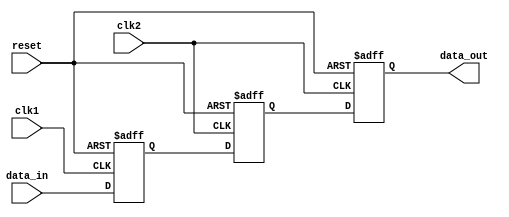
module three_flop_synchronizer (
    input wire clk1,   // Clock for first flip-flop
    input wire clk2,   // Clock for second flip-flop
    input wire reset,  // Reset signal
    input wire data_in,  // Incoming signal to be synchronized
    output reg data_out  // Synchronized output signal
);

reg flop1;
reg flop2;
reg flop3;

always @(posedge clk1 or posedge reset)
begin
    if (reset)
        flop1 <= 1'b0;
    else
        flop1 <= data_in;
end

always @(posedge clk2 or posedge reset)
begin
    if (reset)
        flop2 <= 1'b0;
    else
        flop2 <= flop1;
end

always @(posedge clk2 or posedge reset)
begin
    if (reset)
        flop3 <= 1'b0;
    else
        flop3 <= flop2;
end

assign data_out = flop3;

endmodule